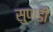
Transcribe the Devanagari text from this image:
सुण्डी